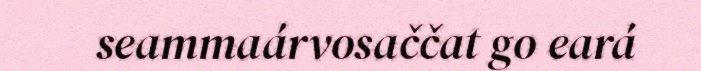
seammaárvosaččat go eará